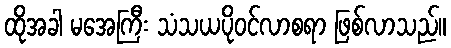
ထိုအခါ မအေကြီး သံသယပိုဝင်လာစရာ ဖြစ်လာသည်။